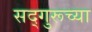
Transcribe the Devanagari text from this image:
सद्‌गुरूच्या